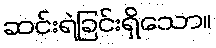
ဆင်းရဲခြင်းရှိသော။